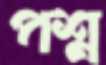
পশ্ন